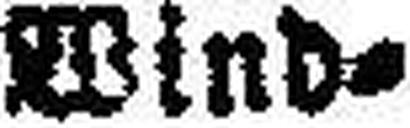
Wind=